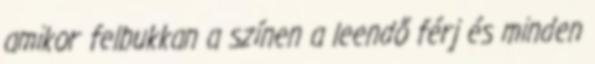
amikor felbukkan a színen a leendő férj és minden